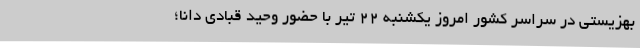
بهزیستی در سراسر کشور امروز یکشنبه 22 تیر با حضور وحید قبادی دانا؛